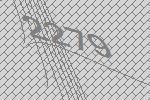
2279